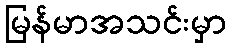
မြန်မာအသင်းမှာ